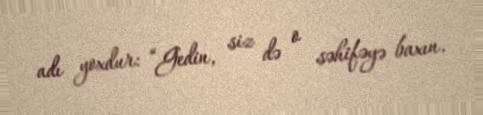
adı yoxdur: “Gedin, siz də o səhifəyə baxın.